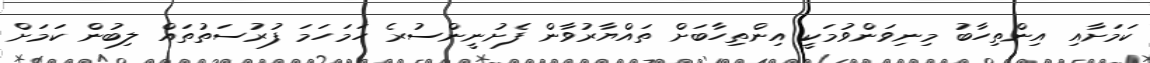
ކަމަށާއި އިންތިހާބު މިނިވަންވުމަކީ އިންތިހާބަށް ތައްޔާރުވާން ފެށުނީންސުރެ ހަމަހަމަ ފުރުސަތުތައް ލިބުން ކަމަށް